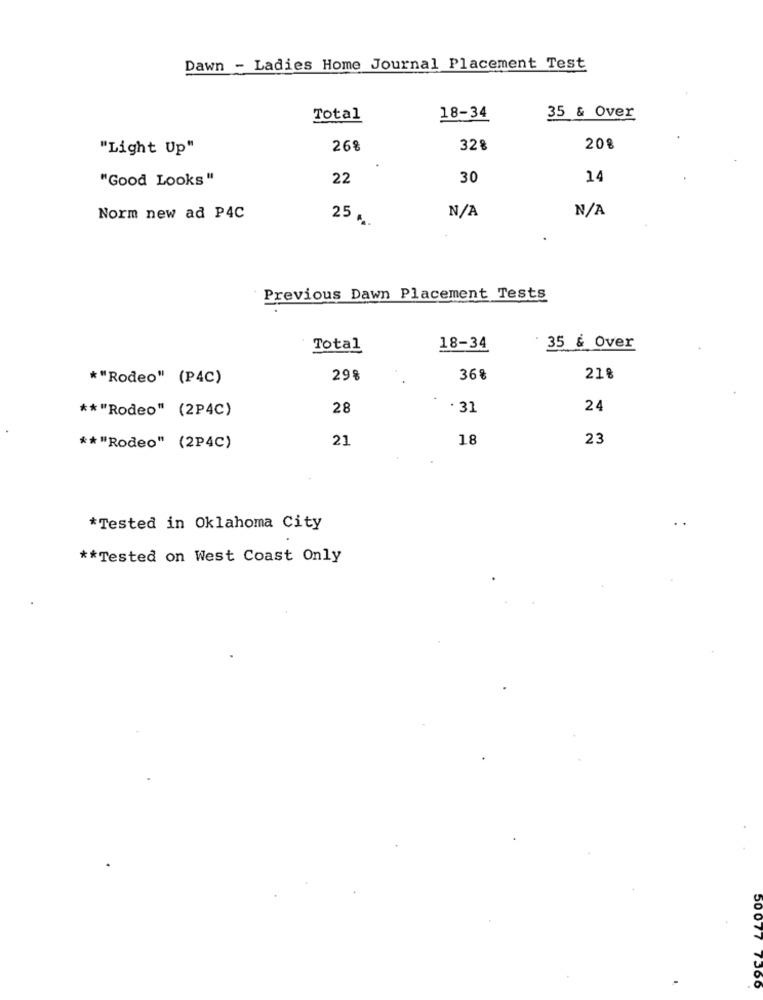
Dawn - Ladies Home Journal Placement Test
Total
18-34
35 & Over
"Light Up"
268
328
208
"Good Looks"
22
30
14
Norm new ad P4C
25.
Previous Dawn Placement Tests
Total
18-34
35 & Over
*"Rodeo" (P4C)
29%
368
21%
28
. 31
24
** "Rodeo" (2P4C)
21
18
23
** "Rodeo" (2P4C)
*Tested in Oklahoma City
** Tested on West Coast Only
50077 7500